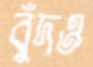
বুঁদও